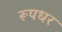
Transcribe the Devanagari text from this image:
रूपधर